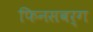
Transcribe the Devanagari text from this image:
फिनसबर्ग